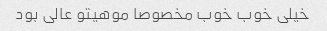
خیلی خوب خوب مخصوصا موهیتو عالی بود